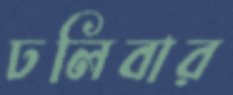
ঢলিবার